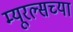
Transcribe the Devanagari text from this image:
म्यूरल्सच्या